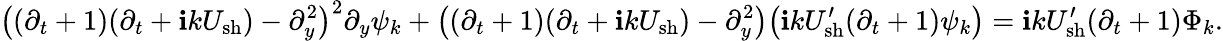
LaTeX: \big((\partial_{t}+1)(\partial_{t}+\mathbf{i}kU_{\mathrm{{sh}}})-\partial_{y}^{2}\big)^{2}\partial_{y}\psi_{k}+\big((\partial_{t}+1)(\partial_{t}+\mathbf{i}kU_{\mathrm{{sh}}})-\partial_{y}^{2}\big)\big(\mathbf{i}kU_{\mathrm{{sh}}}^{\prime}(\partial_{t}+1)\psi_{k}\big)=\mathbf{i}kU_{\mathrm{{sh}}}^{\prime}(\partial_{t}+1)\Phi_{k}.